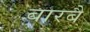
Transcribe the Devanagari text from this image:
बारबै